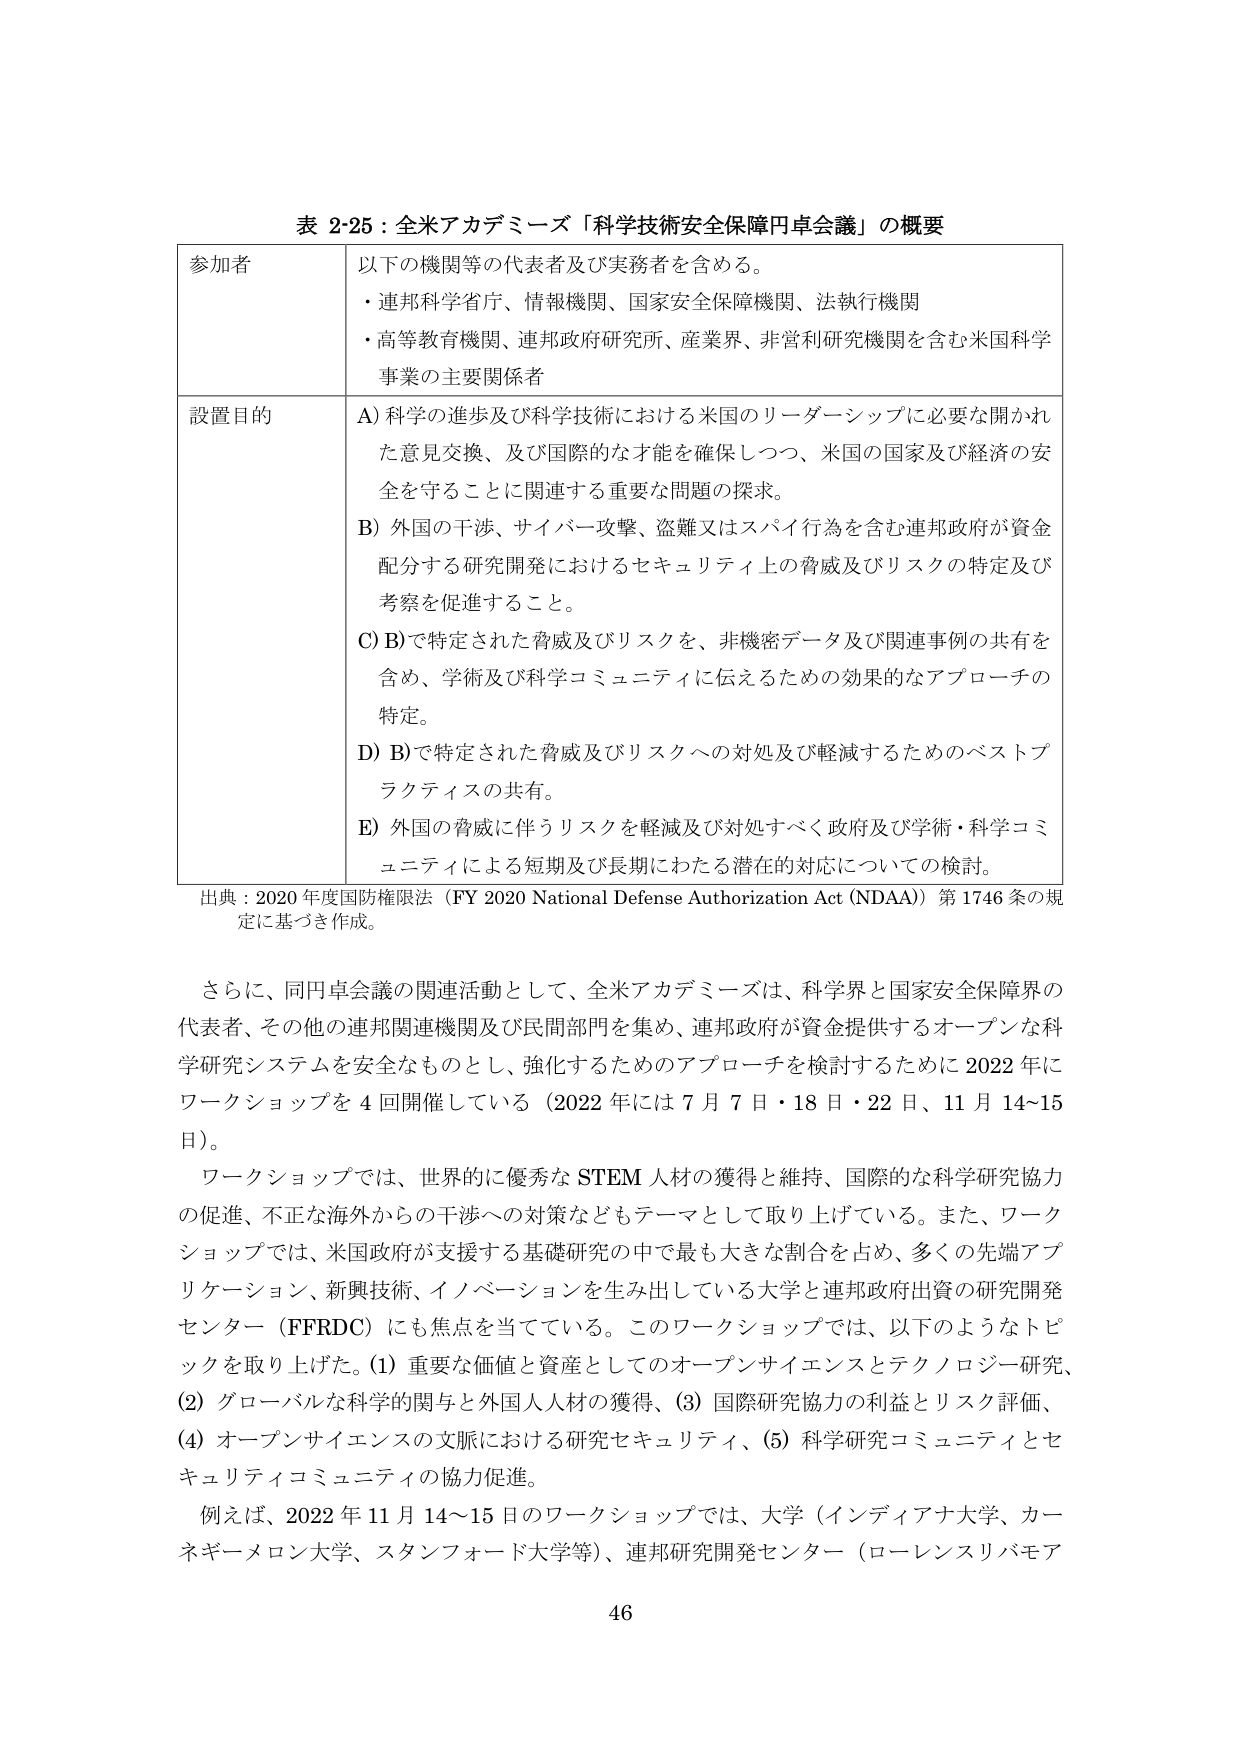
表 2-25：全米アカデミーズ「科学技術安全保障円卓会議」の概要

参加者
以下の機関等の代表者及び実務者を含める。
・連邦科学省庁、情報機関、国家安全保障機関、法執行機関
・高等教育機関、連邦政府研究所、産業界、非営利研究機関を含む米国科学事業の主要関係者

設置目的
A) 科学の進歩及び科学技術における米国のリーダーシップに必要な開かれた意見交換、及び国際的な才能を確保しつつ、米国の国家及び経済の安全を守ることに関連する重要な問題の探求。
B) 外国の干渉、サイバー攻撃、盗難又はスパイ行為を含む連邦政府が資金配分する研究開発におけるセキュリティ上の脅威及びリスクの特定及び考察を促進すること。
C) B)で特定された脅威及びリスクを、非機密データ及び関連事例の共有を含め、学術及び科学コミュニティに伝えるための効果的なアプローチの特定。
D) B)で特定された脅威及びリスクへの対処及び軽減するためのベストプラクティスの共有。
E) 外国の脅威に伴うリスクを軽減及び対処すべく政府及び学術・科学コミュニティによる短期及び長期にわたる潜在的対応についての検討。

出典：2020年度国防権限法（FY 2020 National Defense Authorization Act (NDAA)）第1746条の規定に基づき作成。

さらに、同円卓会議の関連活動として、全米アカデミーズは、科学界と国家安全保障界の代表者、その他の連邦関連機関及び民間部門を集め、連邦政府が資金提供するオープンな科学研究システムを安全なものとし、強化するためのアプローチを検討するために2022年にワークショップを4回開催している（2022年には7月7日・18日・22日、11月14～15日）。

ワークショップでは、世界的に優秀なSTEM人材の獲得と維持、国際的な科学研究協力の促進、不正な海外からの干渉への対策などもテーマとして取り上げている。また、ワークショップでは、米国政府が支援する基礎研究の中で最も大きな割合を占め、多くの先端アプリケーション、新興技術、イノベーションを生み出している大学と連邦政府出資の研究開発センター（FFRDC）にも焦点を当てている。このワークショップでは、以下のようなトピックを取り上げた。(1) 重要な価値と資産としてのオープンサイエンスとテクノロジー研究、(2) グローバルな科学的関与と外国人人材の獲得、(3) 国際研究協力の利益とリスク評価、(4) オープンサイエンスの文脈における研究セキュリティ、(5) 科学研究コミュニティとセキュリティコミュニティの協力促進。

例えば、2022年11月14～15日のワークショップでは、大学（インディアナ大学、カーネギーメロン大学、スタンフォード大学等）、連邦研究開発センター（ローレンスリバモア

46